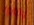
وقالوا